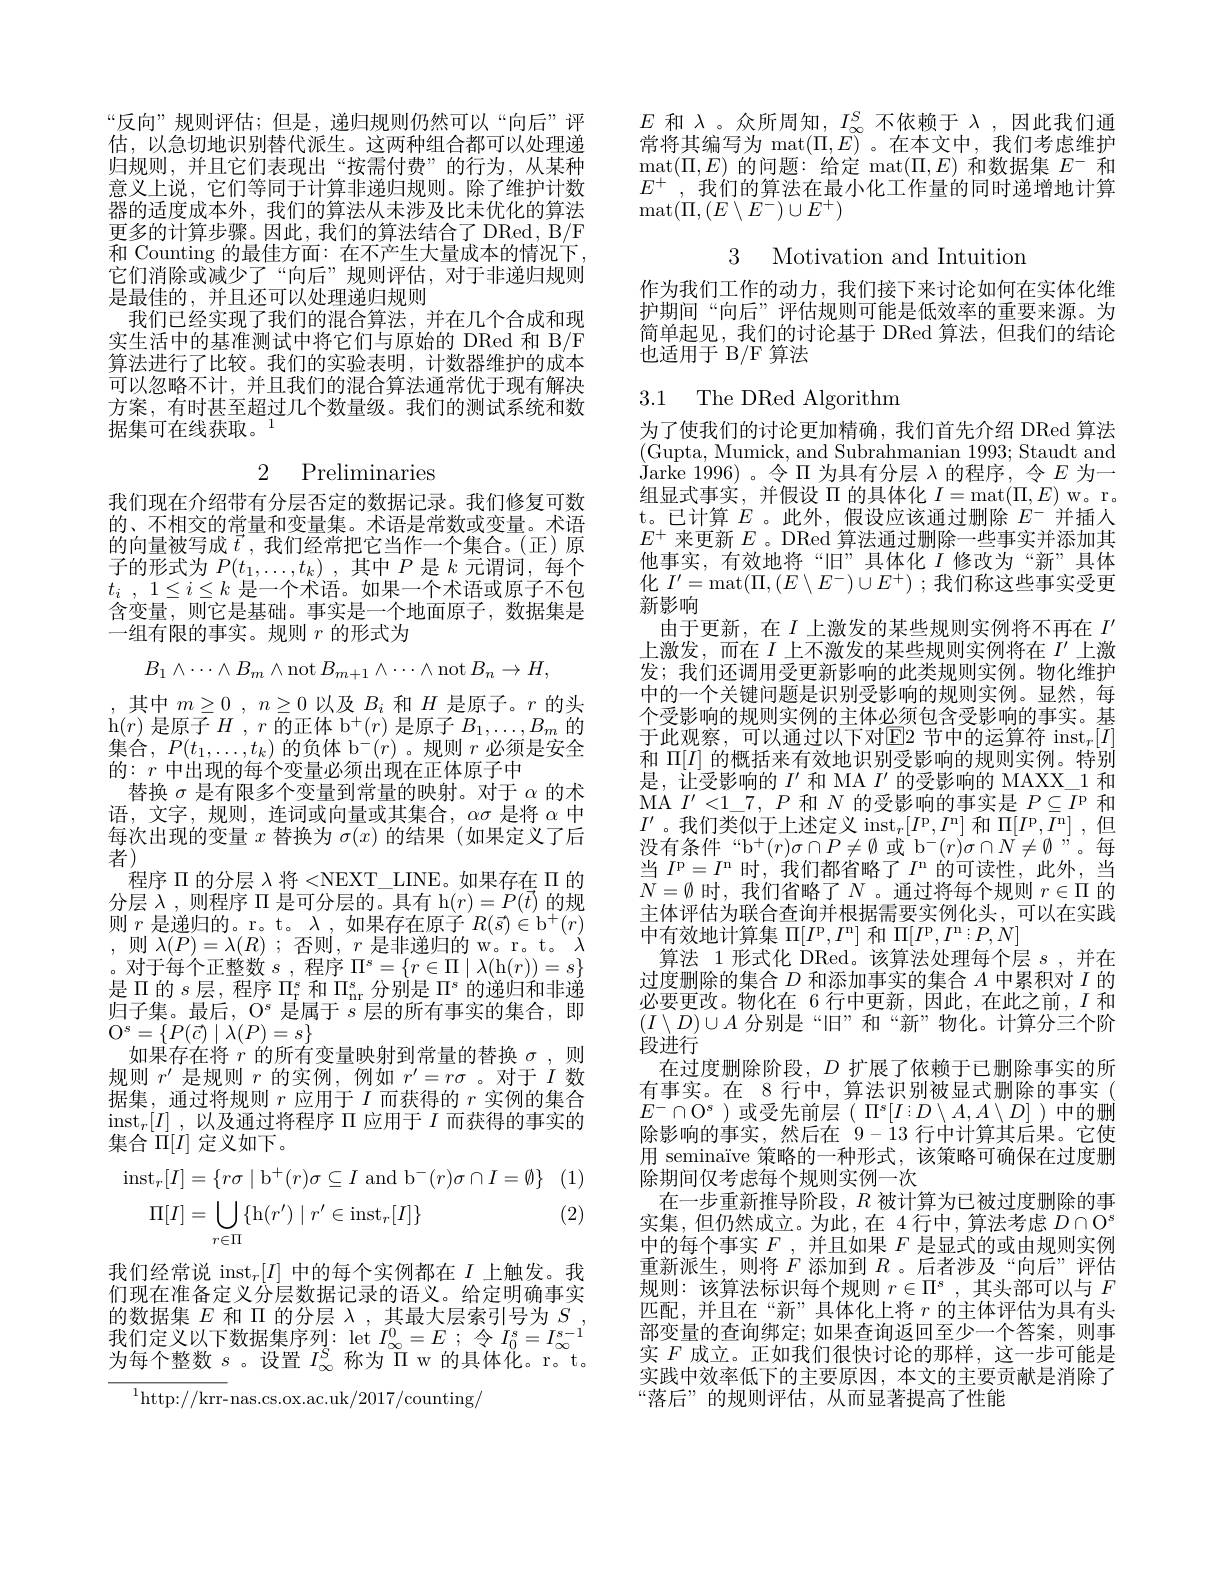
“反向”规则评估；但是，递归规则仍然可以“向后”评估，以急切地识别替代派生。这两种组合都可以处理递归规则，并且它们表现出“按需付费”的行为，从某种意义上说，它们等同于计算非递归规则。除了维护计数器的适度成本外，我们的算法从未涉及比末优化的算法更多的计算步骤。因此，我们的算法结合了 DRed, B/F 和 Counting 的最佳方面：在不产生大量成本的情况下它们消除或减少了“向后”规则评估，对于非递归规则是最佳的，并且还可以处理递归规则
我们已经实现了我们的混合算法，并在几个合成和现实生活中的基准测试中将它们与原始的 DRed 和 B/F 算法进行了比较。我们的实验表明，计数器维护的成本可以忽略不计，并且我们的混合算法通常优于现有解决方案，有时甚至超过几个数量级。我们的测试系统和数据集可在线获取。$^1$

## 2 Preliminaries

我们现在介绍带有分层否定的数据记录。我们修复可数的、不相交的常量和变量集。术语是常数或变量。术语的向量被写成$\vec{t}$,我们经常把它当作一个集合。(正)原子的形式为$P( t_1, \ldots , t_k)$ ,其中$P$是$k$元谓词，每个$t_i$ , $1\leq i\leq k$是一个术语。如果一个术语或原子不包含变量，则它是基础。事实是一个地面原子，数据集是一组有限的事实。规则$r$的形式为
$$B_1\wedge\cdots\wedge B_m\wedge\operatorname{not}B_{m+1}\wedge\cdots\wedge\operatorname{not}B_n\to H,$$
,其中$m\geq0,n\geq0$以及$B_i$ 和$H$ 是原子。$r$的头h$( r)$是原子$H$ , $r\text{ 的正体 b}^+(r)$是原子$B_1,\ldots,B_m$的集合，$P(t_1,\ldots,t_k)$的负体 b$^-(r)$。规则 $r$ 必须是安全的：$r$中出现的每个变量必须出现在正体原子中
替换$\sigma$是有限多个变量到常量的映射。对于$\alpha$的术语，文字，规则，连词或向量或其集合，$\alpha\sigma$是将$\alpha$中每次出现的变量$x$替换为$\sigma(x)$的结果 (如果定义了后$\dot{\text{者}})$
程序$\Pi$的分层$\lambda$将 <NEXT\_LINE。如果存在 II 的分层$\lambda$,则程序$\Pi$是可分层的。具有 h$(r)=P(\vec{t})$的规则$r$是递归的。r。t。$\lambda$,如果存在原子$R(\vec{s})\in\mathrm b^+(r)$ ,则 $\lambda(P)=\lambda(R)$ ;否则$,r$ 是非递归的 w。r。t。$\lambda$ 。对于每个正整数$s$,程序$\Pi^s=\{r\in\Pi\mid\lambda($h$(r))=s\}$ 是$\Pi$的$s$层，程序$\Pi_\mathrm{r}^s$和$\Pi_\mathrm{nr}^s$分别是$\Pi^s$的递归和非递归子集。最后，O$s$是属于$s$层的所有事实的集合，即$O^{s}$= $\{$P( $\vec{c}$) $\mid \lambda$( P) = s$\}$
如果存在将$r$的所有变量映射到常量的替换$\sigma$,则规则$r^\prime$是规则$r$的实例，例如$r^\prime=r\sigma$ 。对于$I$数据集，通过将规则$r$应用于$I$而获得的$r$实例的集合$\operatorname* { inst} _r[ I]$ ,以及通过将程序$\Pi$应用于$I$而获得的事实的集合$\Pi[I]$定义如下。
$$\begin{aligned}\operatorname{inst}_{r}[I]&=\{r\sigma\mid\mathrm{b}^{+}(r)\sigma\subseteq I\mathrm{~and~b}^{-}(r)\sigma\cap I=\emptyset\}\\\Pi[I]&=\bigcup_{r\in\Pi}\{\mathrm{h}(r')\mid r'\in\mathrm{inst}_{r}[I]\}\end{aligned}$$
(2)

我们经常说$\mathrm{inst}_r[I]$中的每个实例都在$I$上触发。我们现在准备定义分层数据记录的语义。给定明确事实$\begin{array}{l}\text{的数据集 }E\text{ 和 }\Pi\text{ 的分层 }\lambda\mathrm{~,~其最大层索引号为~}S\mathrm{~,}\\\text{我们定义以下数据集序列：let }I_{\infty}^{0}=E\mathrm{~;~令~}I_{0}^{s}=I_{\infty}^{s-1}\\\text{为每个整数 }s\text{。设置 }I_{\infty}^{S}\text{ 称为 }\Pi\mathrm{~w~的具体化。r。t。}\end{array}$ 为每个整数$s$ 。设置$I_\infty^{S}$称为 II w 的具体化。r。t。

${{^{1}\mathrm{http:}//\mathrm{krr-}}}$nas.cs.ox.ac.uk/2017/counting/

$E$和$\lambda$。众所周知，$I_\infty^S$不依赖于$\lambda$ ,因此我们通常将其编写为 mat$(\Pi,E)$。在本文中，我们考虑维护$\operatorname*{mat}(\Pi,E)$的问题：给定 mat$(\Pi,E)$和数据集$E^-$和$E^+$,我们的算法在最小化工作量的同时递增地计算$\operatorname*{mat}(\Pi,(E\setminus E^{-})\cup E^{+})$

3 Motivation and Intuition

作为我们工作的动力，我们接下来讨论如何在实体化维护期间“向后”评估规则可能是低效率的重要来源。为简单起见，我们的讨论基于 DRed 算法，但我们的结论也适用于 B/F 算法

# 3.1 The DRed Algorithm

为了使我们的讨论更加精确，我们首先介绍 DRed 算法(Gupta, Mumick, and Subrahmanian 1993; Staudt and $\dot{\text{Jarke 1996)。令}}^{\prime}\Pi$为具有分层$\lambda$ 的 程 序 , 令 $E$为一组显式事实，并假设$\Pi$的具体化$I=\operatorname*{mat}(\Pi,E)$ w。r。t。已计算$E$ 。此外，假设应该通过删除$E^-$并插人$E^{+}$来更新$E$ 。DRed 算法通过删除一些事实并添加其他事实，有效地将“旧”具体化$I$修改为“新”具体化 $I^{\prime}=\operatorname*{mat}(\Pi,(E\setminus E^{-})\cup E^{+});$我们称这些事实受更新影响
由于更新，在$I$ 上激发的某些规则实例将不再在 $I^\prime$ 上激发，而在$I$上不激发的某些规则实例将在$I^{\prime}$上激发；我们还调用受更新影响的此类规则实例。物化维护中的一个关键问题是识别受影响的规则实例。显然，每个受影响的规则实例的主体必须包含受影响的事实。基于此观察，可以通过以下对E2 节中的运算符 inst$_r[I]$ 和$\Pi[I]$的概括来有效地识别受影响的规则实例。特别是，让受影响的$I^{\prime}$和 MA $I^{\prime}$的受影响的 MAXX\_1 和MA $I^{\prime}<1\_7,P$和$N$的受影响的事实是$P\subseteq\overline I^{\mathrm{p}}$和$I^{\prime}$。我们类似于上述定义 inst$_r[I^\mathrm{p},I^\mathrm{n}]$和$\Pi[I^\mathrm{p},I^\mathrm{n}]$ ,但没有条件“b^{+}(r)$\sigma \cap P\neq \emptyset \text{或 b {- }}( r) \sigma \cap N\neq \emptyset ” 。每$ 当$I^\mathrm{p}=I^\mathrm{n}$时，我们都省略了$I^\mathrm{n}$的可读性，此外，当$N=\emptyset$时，我们省略了$N$。通过将每个规则$r\in\Pi$的主体评估为联合查询并根据需要实例化头，可以在实践中有效地计算集$\Pi[I^\mathrm{p},I^\mathrm{n}]$和$\Pi[I^\mathrm{p},I^\mathrm{n}:P,N]$
算法 1 形式化 DRed。该算法处理每个层$s$,并在过度删除的集合$D$和添加事实的集合$A$中累积对$I$的必要更改。物化在 6 行中更新，因此，在此之前，$I$和$( I\setminus D) \cup A$ 分 别 是 “ 旧 ” 和 “ 新 ” 物 化 。计 算 分 三 个 阶 段进行
在过度删除阶段，$D$扩展了依赖于已删除事实的所有事实。在 8 行中，算法识别被显式删除的事实 ( $E^{-}\cap\mathcal{O}^{s}$ )或受先前层( $\Pi^s[I:D\setminus A,A\setminus D]$ )中的删除影响的事实，然后在 9-13 行中计算其后果。它使用 seminaïve 策略的一种形式，该策略可确保在过度删除期间仅考虑每个规则实例一次
在一步重新推导阶段，$R$被计算为已被过度删除的事实集，但仍然成立。为此，在 4 行中，算法考虑$D\cap\mathcal{O}^s$ 中的每个事实$F$ , 并且如果$F$是显式的或由规则实例重新派生，则将$F$添加到$R$ 。后者涉及“向后”评估规则：该算法标识每个规则$r\in\Pi^s$,其头部可以与$F$ 匹配，并且在“新”具体化上将$r$的主体评估为具有头部变量的查询绑定；如果查询返回至少一个答案，则事实$F$成立。正如我们很快讨论的那样，这一步可能是实践中效率低下的主要原因，本文的主要贡献是消除了“落后”的规则评估，从而显著提高了性能